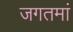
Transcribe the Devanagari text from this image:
जगतमां